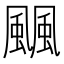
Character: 䬕